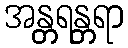
အန္တရန္တရာ